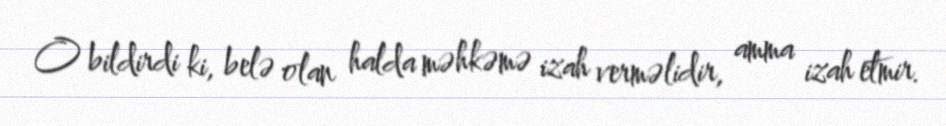
O bildirdi ki, belə olan halda məhkəmə izah verməlidir, amma izah etmir.